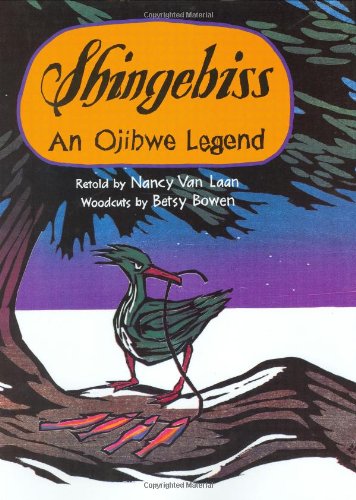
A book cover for Shingebiss: An Ojibwe Legend; Nancy Van Laan; Children's Books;